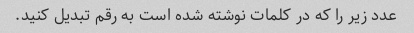
عدد زیر را که در کلمات نوشته شده است به رقم تبدیل کنید.